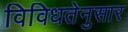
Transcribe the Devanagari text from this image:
विविधतेनुसार